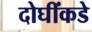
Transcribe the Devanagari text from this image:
दोघींकडे